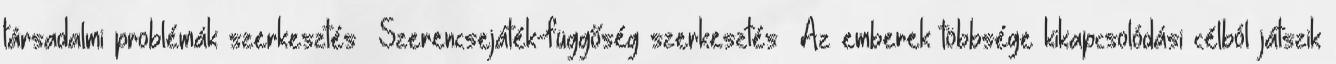
társadalmi problémák szerkesztés Szerencsejáték-függőség szerkesztés Az emberek többsége kikapcsolódási célból játszik